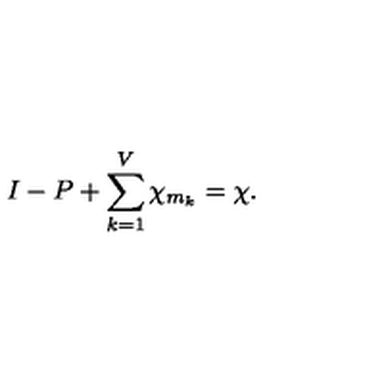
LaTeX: I - P + \sum _ { k = 1 } ^ { V } \chi _ { m _ { k } } = \chi .